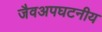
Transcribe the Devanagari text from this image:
जैवअपघटनीय